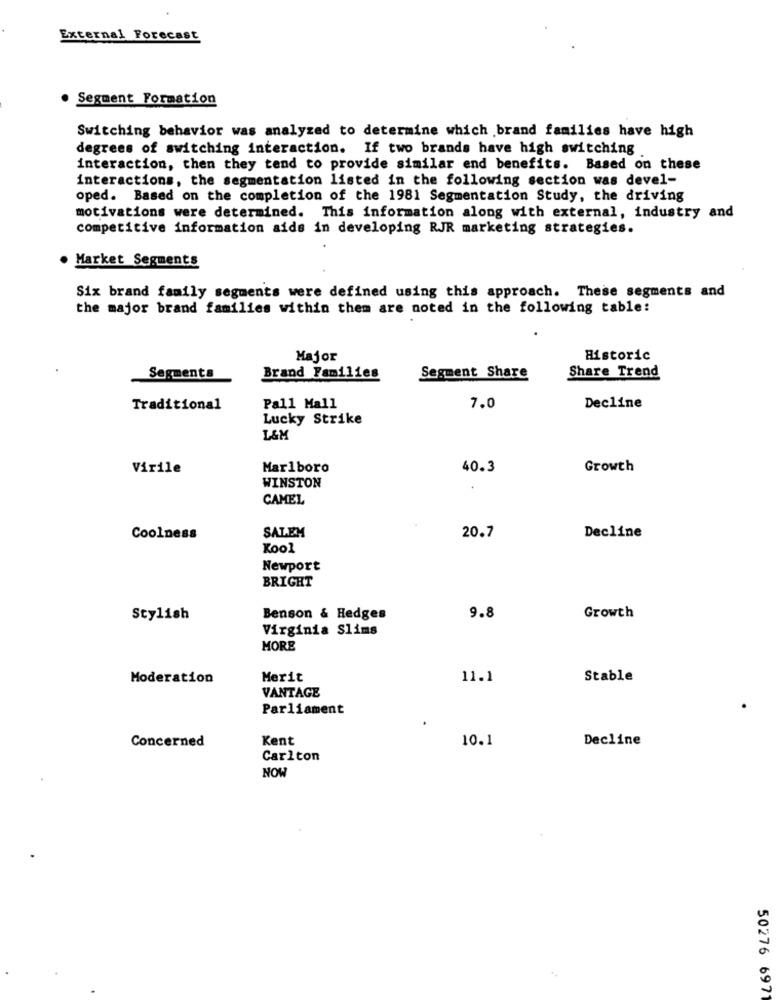
External Forecast
Segment Formation
Switching behavior was analyzed to determine which brand families have high
degrees of switching interaction. If two brands have high switching
interaction, then they tend to provide similar end benefits. Based on these
interactions, the segmentation listed in the following section was devel-
oped. Based on the completion of the 1981 Segmentation Study, the driving
motivations were determined. This information along with external, industry and
competitive information aids in developing RJR marketing strategies.
Market Segments
Six brand family segments were defined using this approach. These segments and
the major brand families within them are noted in the following table:
Major
Historic
Segments
Brand Families
Segment Share
Share Trend
Traditional
Pall Mall
7.0
Decline
Lucky Strike
L&M
Virile
Marlboro
40.3
Growth
WINSTON
CAMEL
SALEM
Coolness
20.7
Decline
Kool
Newport
BRIGHT
Stylish
Benson & Hedges
9.8
Growth
Virginia Slims
MORE
Moderation
Merit
11.1
Stable
VANTAGE
Parliament
Concerned
Kent
10.1
Decline
Carlton
NOW
50276 697